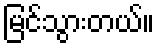
မြင်သွားတယ်။